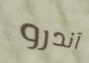
آندرو